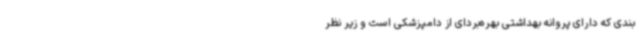
بندی که دارای پروانه بهداشتی بهره‌بردای از دامپزشکی است و زیر نظر